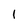
Character: 1